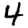
Digit: 4